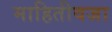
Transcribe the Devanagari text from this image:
माहितीवजा